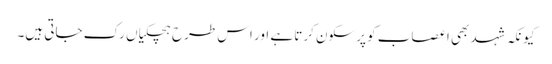
کیونکہ شہد بھی اعصاب کو پرسکون کرتا ہے اور اس طرح ہچکیاں رک جاتی ہیں۔